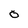
Character: O